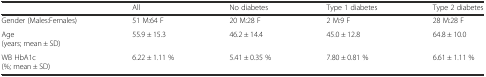
<table><thead><tr><td></td><td><b>All</b></td><td><b>No diabetes</b></td><td><b>Type 1 diabetes</b></td><td><b>Type 2 diabetes</b></td></tr></thead><tbody><tr><td>Gender (Males:Females)</td><td>51 M:64 F</td><td>20 M:28 F</td><td>2 M:9 F</td><td>28 M:28 F</td></tr><tr><td>Age (years; mean ± SD)</td><td>55.9 ± 15.3</td><td>46.2 ± 14.4</td><td>45.0 ± 12.8</td><td>64.8 ± 10.0</td></tr><tr><td>WB HbA1c (%; mean ± SD)</td><td>6.22 ± 1.11 %</td><td>5.41 ± 0.35 %</td><td>7.80 ± 0.81 %</td><td>6.61 ± 1.11 %</td></tr></tbody></table>